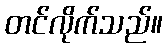
တင်လိုက်သည်။